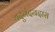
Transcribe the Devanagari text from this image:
यदुनंदनदास